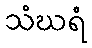
သံဃရံ